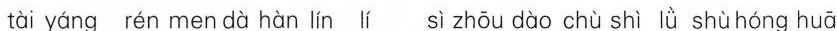
tài yáng rén men dà hàn lín lí sì zhōu dào chù shì lǜ shù hóng huā